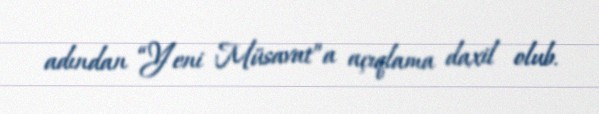
adından “Yeni Müsavat”a açıqlama daxil olub.